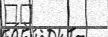
٤٣